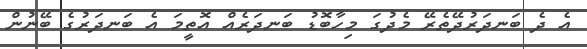
އެ ދެ ބަނދަރުދޭތެރޭ މެދުގަ މިހާބޮޑު ބަނދަރެއް އޮތީމަ އެ ބަނދަރުގެ ބޭނުން